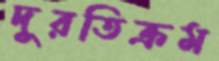
দুরতিক্রম